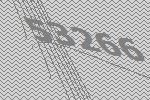
53266